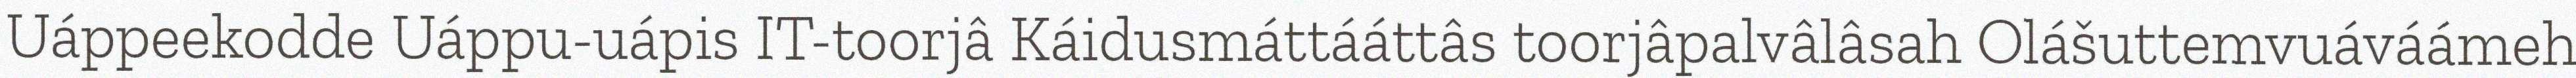
Uáppeekodde Uáppu-uápis IT-toorjâ Káidusmáttááttâs toorjâpalvâlâsah Olášuttemvuáváámeh